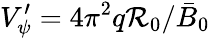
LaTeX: V_{\psi}^{\prime}=4\pi^{2}q\mathcal{R}_{0}/\bar{{B}}_{0}